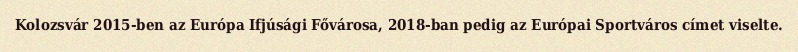
Kolozsvár 2015-ben az Európa Ifjúsági Fővárosa, 2018-ban pedig az Európai Sportváros címet viselte.